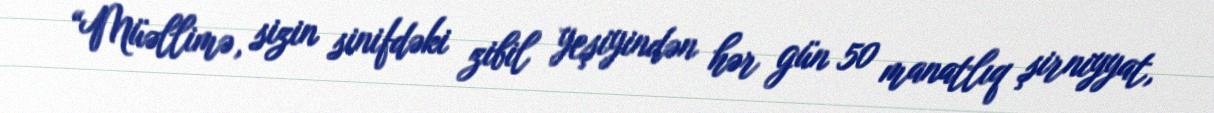
“Müəllimə, sizin sinifdəki zibil yeşiyindən hər gün 50 manatlıq şirniyyat,